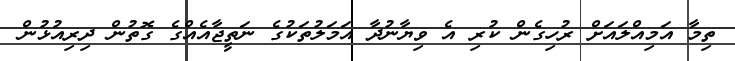
ތިމާ އަމިއްލައަށް ރުހިގެން ކުރި އެ ވިޔާނުދާ އަމަލުތަކުގެ ނަތީޖާއެއްގެ ގޮތުން ދިރިއުޅުން